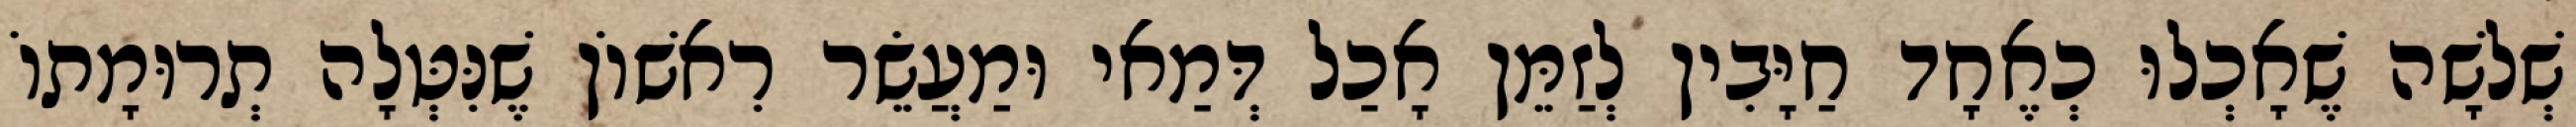
שְׁלשָׁה שֶׁאָכְלוּ כְאֶחָד חַיָּבִין לְזַמֵּן אָכַל דְּמַאי וּמַעֲשֵׂר רִאשׁוֹן שֶׁנִּטְּלָה תְרוּמָתוֹ